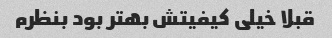
قبلا خیلی کیفیتش بهتر بود بنظرم